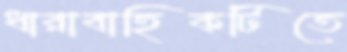
ধারাবাহিকটিতে